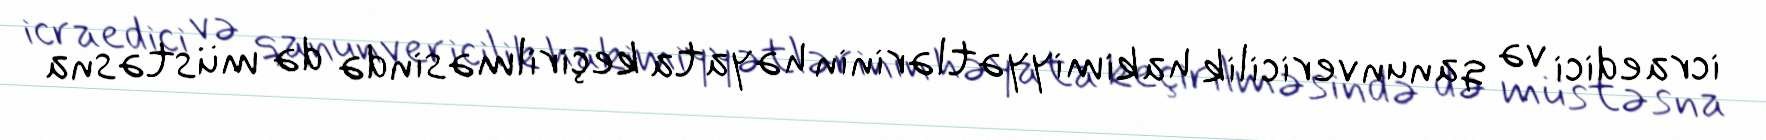
icraedici və qanunvericilik hakimiyyətlərinin həyata keçirilməsində də müstəsna